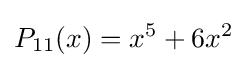
P_{11}(x)=x^{5}+6x^{2}